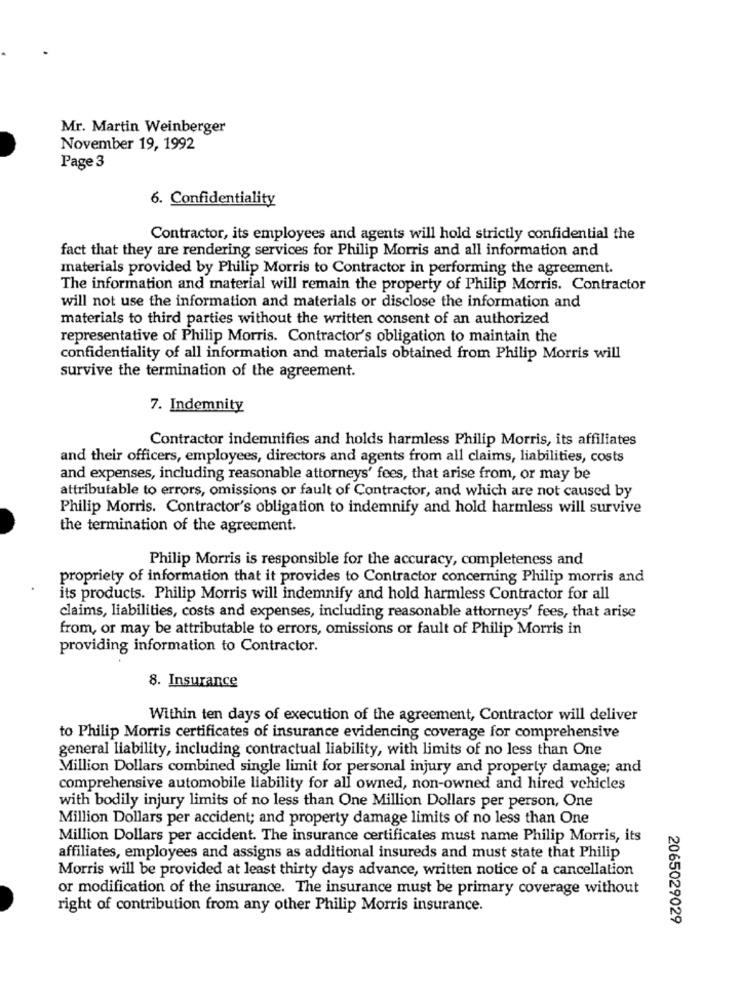
Mr. Martin Weinberger
November 19, 1992
Page 3
6. Confidentiality
Contractor, its employees and agents will hold strictly confidential the
fact that they are rendering services for Philip Morris and all information and
materials provided by Philip Morris to Contractor in performing the agreement.
The information and material will remain the property of Philip Morris. Contractor
will not use the information and materials or disclose the information and
materials to third parties without the written consent of an authorized
representative of Philip Morris. Contractor's obligation to maintain the
confidentiality of all information and materials obtained from Philip Morris will
survive the termination of the agreement.
7. Indemnity
Contractor indemnifies and holds harmless Philip Morris, its affiliates
and their officers, employees, directors and agents from all claims, liabilities, costs
and expenses, including reasonable attorneys' fees, that arise from, or may be
attributable to errors, omissions or fault of Contractor, and which are not caused by
Philip Morris. Contractor's obligation to indemnify and hold harmless will survive
the termination of the agreement.
Philip Morris is responsible for the accuracy, completeness and
propriety of information that it provides to Contractor concerning Philip morris and
its products. Philip Morris will indemnify and hold harmless Contractor for all
claims, liabilities, costs and expenses, including reasonable attorneys' fees, that arise
from, or may be attributable to errors, omissions or fault of Philip Morris in
providing information to Contractor.
8. Insurance
Within ten days of execution of the agreement, Contractor will deliver
to Philip Morris certificates of insurance evidencing coverage for comprehensive
general liability, including contractual liability, with limits of no less than One
Million Dollars combined single limit for personal injury and property damage; and
comprehensive automobile liability for all owned, non-owned and hired vehicles
with bodily injury limits of no less than One Million Dollars per person, One
Million Dollars per accident; and property damage limits of no less than One
Million Dollars per accident. The insurance certificates must name Philip Morris, its
affiliates, employees and assigns as additional insureds and must state that Philip
Morris will be provided at least thirty days advance, written notice of a cancellation
or modification of the insurance. The insurance must be primary coverage without
right of contribution from any other Philip Morris insurance.
2065029029